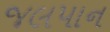
જલપાન